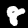
Digit: 8